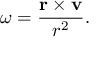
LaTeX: { \boldsymbol { \omega } } = { \frac { \mathbf { r } \times \mathbf { v } } { r ^ { 2 } } } .